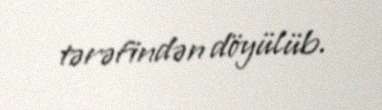
tərəfindən döyülüb.